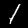
Digit: 1